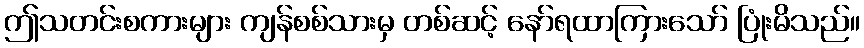
ဤသတင်းစကားများ ကျန်စစ်သားမှ တစ်ဆင့် နော်ရထာကြားသော် ပြုံးမိသည်။